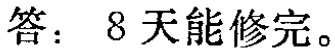
答：8天能修完。